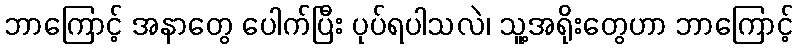
ဘာကြောင့် အနာတွေ ပေါက်ပြီး ပုပ်ရပါသလဲ၊ သူ့အရိုးတွေဟာ ဘာကြောင့်